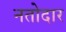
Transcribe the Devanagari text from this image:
नतोदार